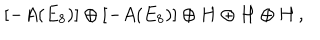
[ - A ( E _ { 8 } ) ] \oplus [ - A ( E _ { 8 } ) ] \oplus H \oplus H \oplus H \, ,